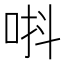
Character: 唞